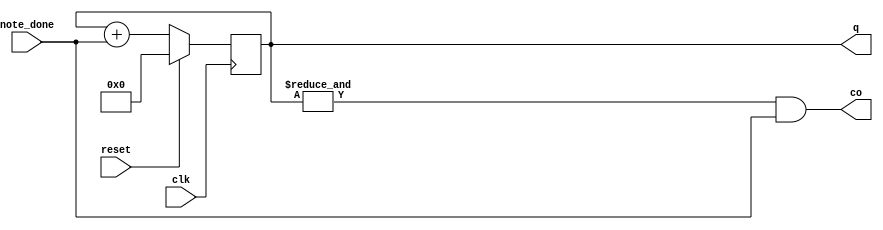
module addresscounter(q,co,clk,reset,note_done);
  parameter N=5;
  output [N:1]q;
  output co;
  input clk,reset,note_done;
  reg [N:1]q;
  always@(posedge clk)
    begin
      if(reset) q<=0;
      else
        q<=q+note_done;
      end
  assign co=&q&&note_done;
endmodule